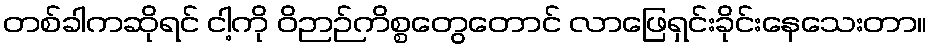
တစ်ခါကဆိုရင် ငါ့ကို ဝိဉာဉ်ကိစ္စတွေတောင် လာဖြေရှင်းခိုင်းနေသေးတာ။